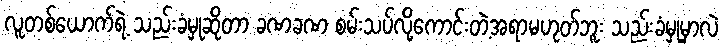
လူတစ်ယောက်ရဲ့ သည်းခံမှုဆိုတာ ခဏခဏ စမ်းသပ်လို့ကောင်းတဲ့အရာမဟုတ်ဘူး သည်းခံမှုမှာလဲ